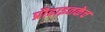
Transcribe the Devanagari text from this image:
प्रौढाइतकेच